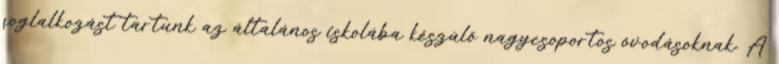
foglalkozást tartunk az általános iskolába készülő nagycsoportos óvodásoknak. A